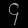
Digit: ၄